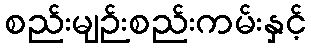
စည်းမျဉ်းစည်းကမ်းနှင့်